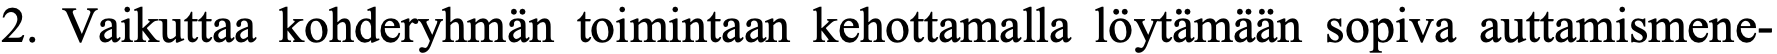
2. Vaikuttaa kohderyhmän toimintaan kehottamalla löytämään sopiva auttamismene-